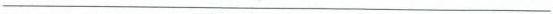
___